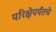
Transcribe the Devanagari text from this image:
परिक्षेपर्यंतचे